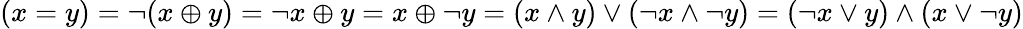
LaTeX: (x=y)=\lnot(x\oplus y)=\lnot x\oplus y=x\oplus\lnot y=(x\land y)\lor(\lnot x\land\lnot y)=(\lnot x\lor y)\land(x\lor\lnot y)